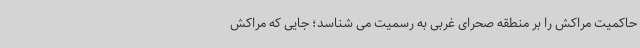
حاکمیت مراکش را بر منطقه صحرای غربی به رسمیت می شناسد؛ جایی که مراکش